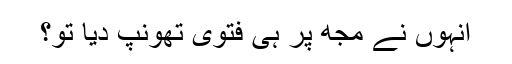
انہوں نے مجھ پر ہی فتوی تھونپ دیا تو؟